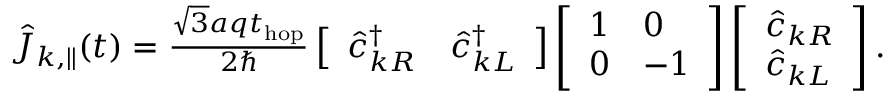
\begin{array} { r } { \hat { J } _ { k , \parallel } ( t ) = \frac { \sqrt { 3 } a q t _ { \mathrm { h o p } } } { 2 \hbar } \left[ \begin{array} { l l } { \hat { c } _ { k R } ^ { \dagger } } & { \hat { c } _ { k L } ^ { \dagger } } \end{array} \right] \left[ \begin{array} { l l } { 1 } & { 0 } \\ { 0 } & { - 1 } \end{array} \right] \left[ \begin{array} { l } { \hat { c } _ { k R } } \\ { \hat { c } _ { k L } } \end{array} \right] . } \end{array}